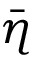
\bar { \eta }